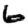
Digit: 6